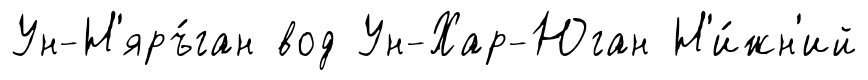
Ун-Н'яръ́ган вод Ун-Хар-Юган Н'и́жн'ий